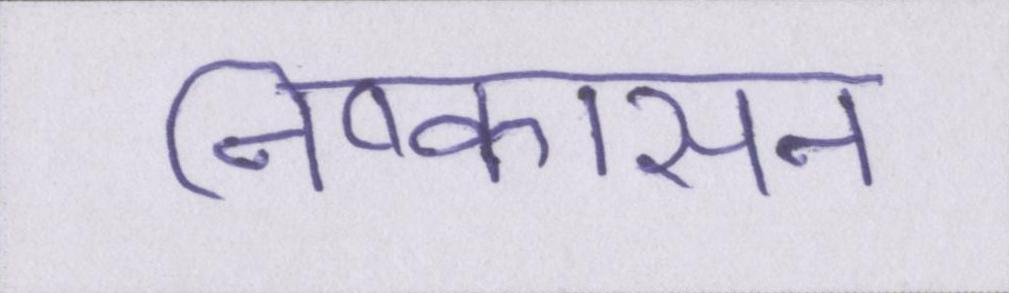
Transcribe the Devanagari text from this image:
निष्कासन